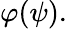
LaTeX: \varphi(\psi).